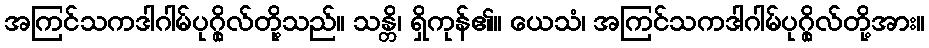
အကြင်သကဒါဂါမ်ပုဂ္ဂိုလ်တို့သည်။ သန္တိ၊ ရှိကုန်၏။ ယေသံ၊ အကြင်သကဒါဂါမ်ပုဂ္ဂိုလ်တို့အား။